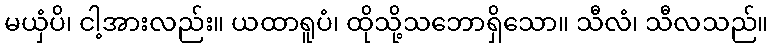
မယှံပိ၊ ငါ့အားလည်း။ ယထာရူပံ၊ ထိုသို့သဘောရှိသော။ သီလံ၊ သီလသည်။